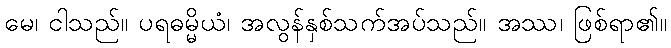
မေ၊ ငါသည်။ ပရဓမ္မိယံ၊ အလွန်နှစ်သက်အပ်သည်။ အဿ၊ ဖြစ်ရာ၏။